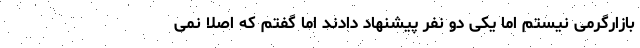
بازارگرمی نیستم اما یکی دو نفر پیشنهاد دادند اما گفتم که اصلا نمی